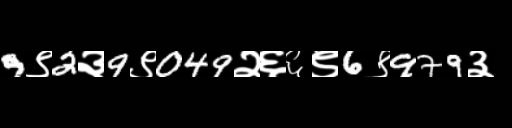
Text: 9९2३9९049२६६९6९979३